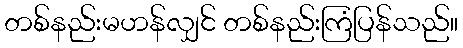
တစ်နည်းမဟန်လျှင် တစ်နည်းကြံပြန်သည်။